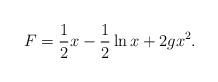
LaTeX: \begin{align*}F = \frac{1}{2}x -\frac{1}{2}\ln x + 2gx^2.\end{align*}